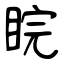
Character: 睆